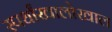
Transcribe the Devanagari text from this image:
स्पर्धांखालोखाल